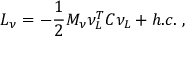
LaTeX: { \cal L } _ { \nu } = - \frac { 1 } { 2 } M _ { \nu } \nu _ { L } ^ { T } C \nu _ { L } + h . c . \ ,